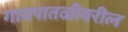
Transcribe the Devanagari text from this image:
गावपातळीवरील